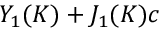
Y _ { 1 } ( K ) + J _ { 1 } ( K ) c